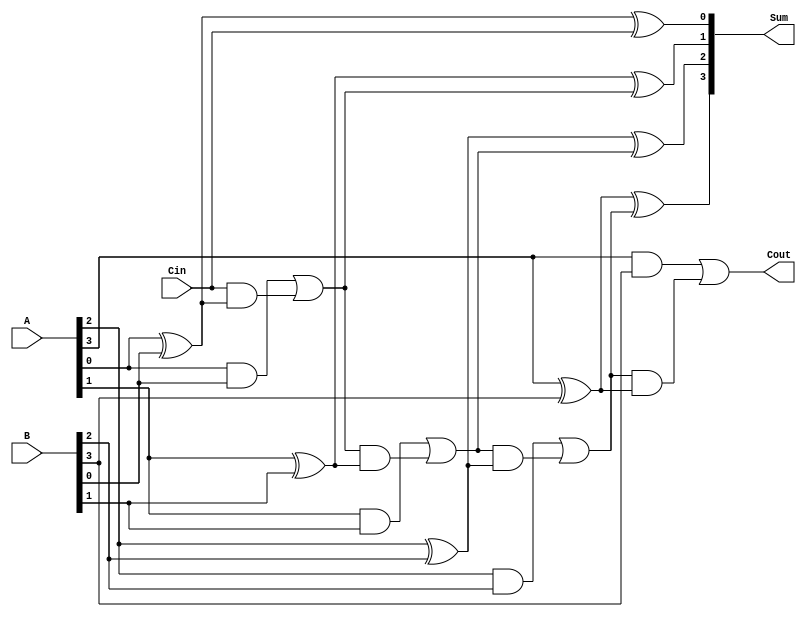
module ParallelFullAdder #(parameter N = 4) (
    input  [N-1:0] A,      // n-bit binary number A
    input  [N-1:0] B,      // n-bit binary number B
    input         Cin,      // Carry input
    output [N-1:0] Sum,     // n-bit Sum output
    output        Cout      // Carry output
);

    wire [N:0] carry; // Carry wires for each stage (N+1 to accommodate Cout)

    assign carry[0] = Cin; // Initial carry input

    // Generate Full Adder for each bit
    genvar i;
    generate
        for (i = 0; i < N; i = i + 1) begin : full_adder
            // Sum calculation
            assign Sum[i] = A[i] ^ B[i] ^ carry[i];

            // Carry calculation
            assign carry[i+1] = (A[i] & B[i]) | (carry[i] & (A[i] ^ B[i]));
        end
    endgenerate

    assign Cout = carry[N]; // Final carry output

endmodule